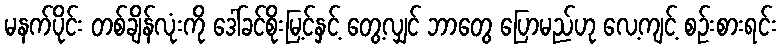
မနက်ပိုင်း တစ်ချိန်လုံးကို ဒေါ်ခင်စိုးမြ့င်နှင့် တွေ့လျှင် ဘာတွေ ပြောမည်ဟု လေ့ကျင့် စဉ်းစားရင်း